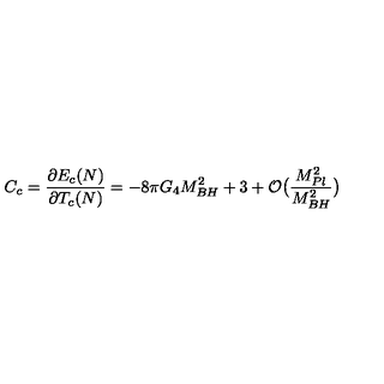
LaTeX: C _ { c } = \frac { \partial E _ { c } ( N ) } { \partial T _ { c } ( N ) } = - 8 \pi G _ { 4 } M _ { B H } ^ { 2 } + 3 + { \cal O } \big ( \frac { M _ { P l } ^ { 2 } } { M _ { B H } ^ { 2 } } \big )